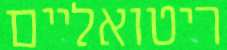
ריטואליים